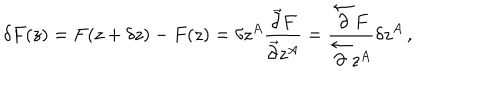
\delta F ( z ) = F ( z + \delta z ) - F ( z ) = \delta z ^ { A } \frac { \vec { \partial } F } { \vec { \partial } z ^ { A } } = \frac { \overleftarrow { \partial } F } { \overleftarrow { \partial } z ^ { A } } \delta z ^ { A } \, ,